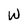
Character: W